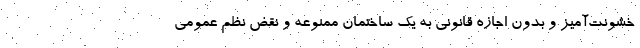
خشونت‌آمیز و بدون اجازه قانونی به یک ساختمان ممنوعه و نقض نظم عمومی